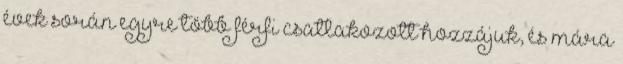
évek során egyre több férfi csatlakozott hozzájuk, és mára